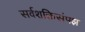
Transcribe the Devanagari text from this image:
सर्वशक्तिसंपझ